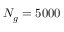
N _ { g } = 5 0 0 0